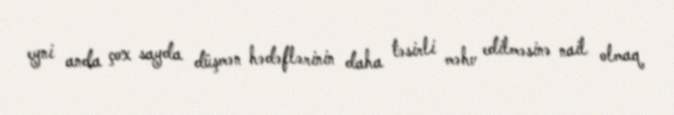
eyni anda çox sayda düşmən hədəflərinin daha təsirli məhv edilməsinə nail olmaq